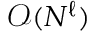
\mathcal { O } ( N ^ { \ell } )